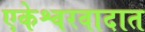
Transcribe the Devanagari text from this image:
एकेश्वरवादात